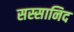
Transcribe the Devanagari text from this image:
सस्सानिद